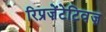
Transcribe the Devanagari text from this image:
रिप्रज़ेंटेटिवज़